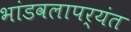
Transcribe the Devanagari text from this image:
भांडवलापर्यंत